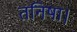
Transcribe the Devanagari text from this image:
तनिषा।